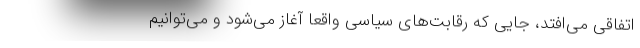
اتفاقی می‌افتد، جایی که رقابت‌های سیاسی واقعا آغاز می‌شود و می‌توانیم